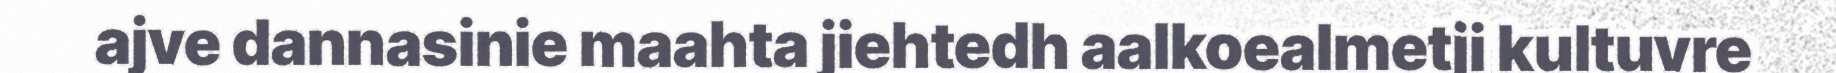
ajve dannasinie maahta jiehtedh aalkoealmetji kultuvre